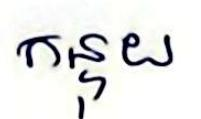
កន្ទុយ